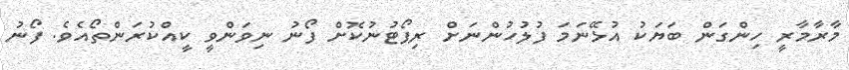
މާރާމާރީ ހިންގަން ބަޔަކު އުޅޭނަމަ ފުލުހުންނަށް ރިޕޯޓުނުކޮށް ފޯނު ނިވަންވީ ކީއްކުރަންތޯއެވެ. ފޯނު